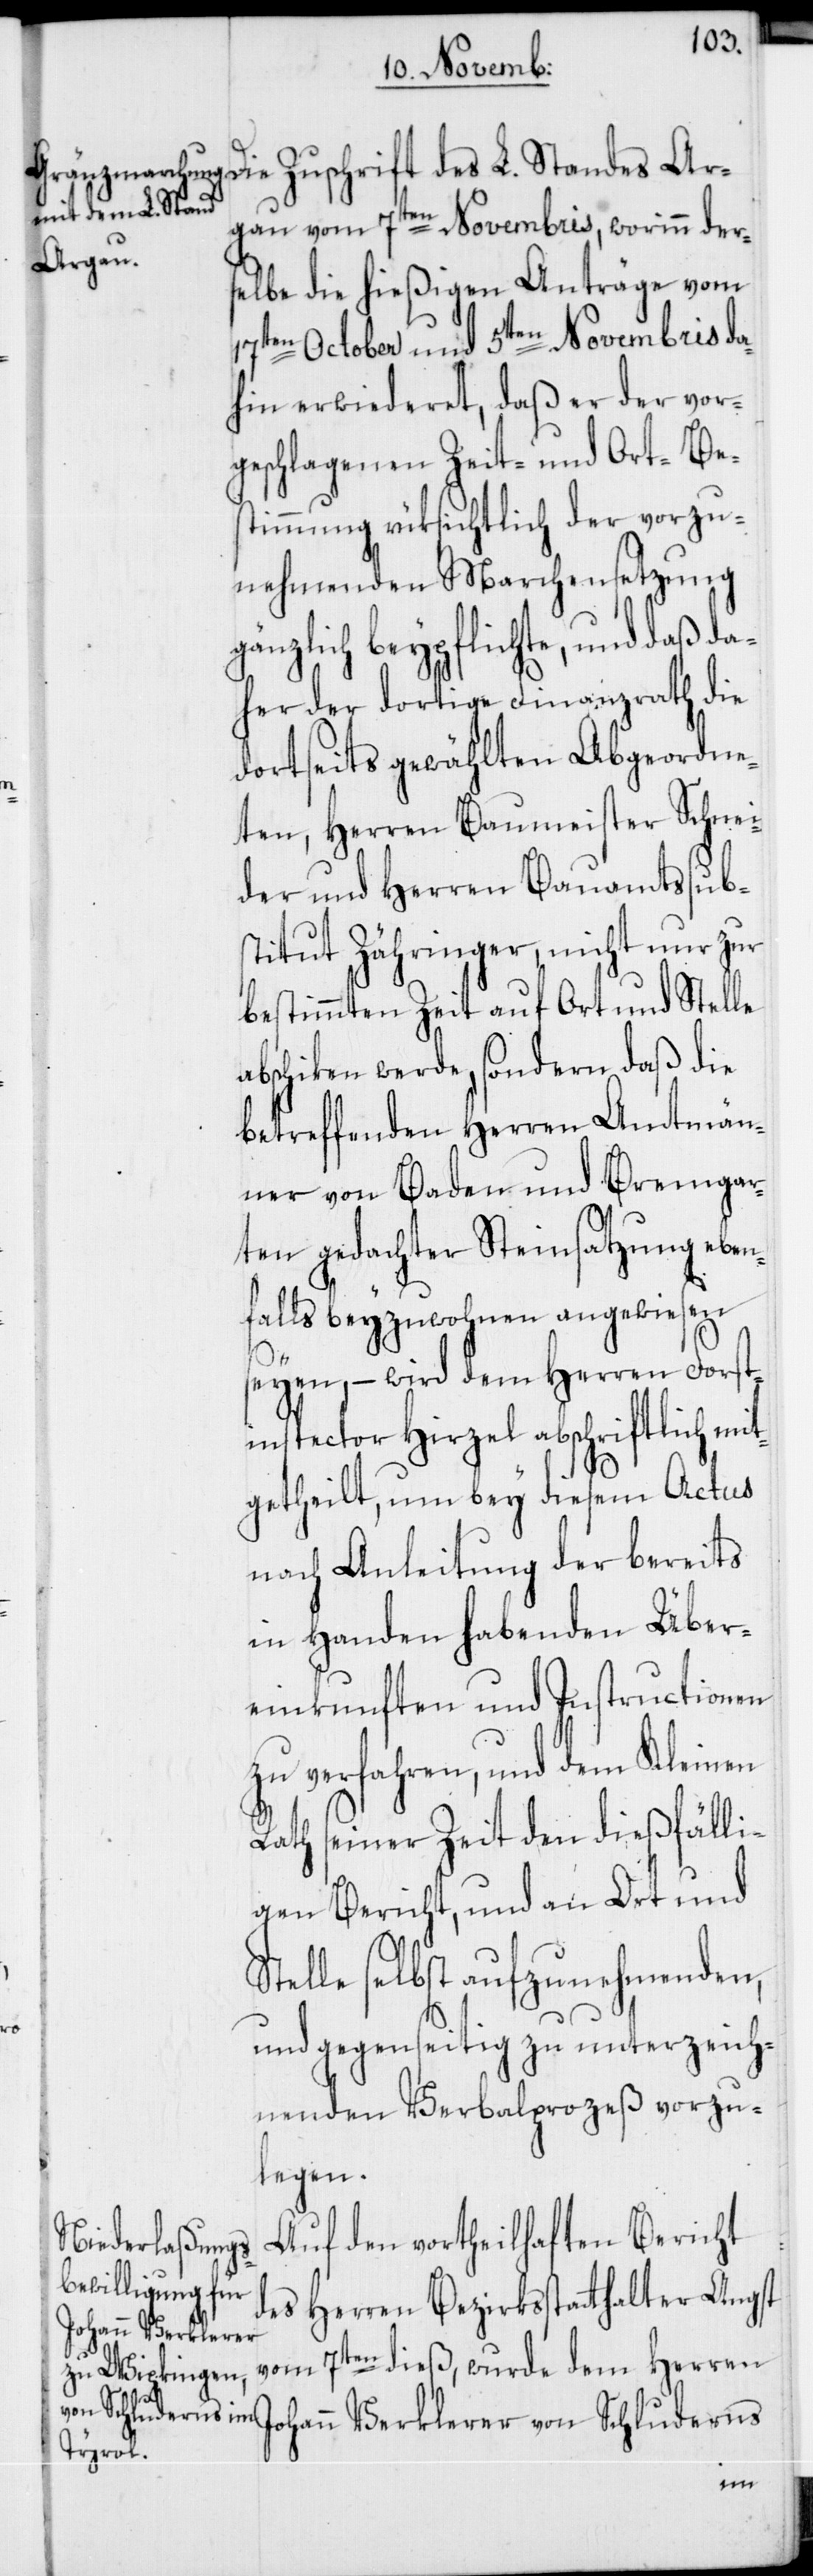
Johann Verklerer
von Schluderns

Die Zuschrift des L. Standes Ar¬
gau vom 7ten Novembris, worinn der¬
selbe die hießigen Anträge vom
17ten October und 5ten Novembris da¬
hin erwiederet, daß er der vor¬
geschlagenen Zeit- und Ort-Bes¬
timmung rüksichtlich der vorzu¬
nehmenden Marchensetzung
gänzlich beypflichte, und daß da¬
her der dortige Finanzrath die
dortseits gewählten Abgeordne¬
ten, Herren Baumeister Schnei¬
der und Herren Bauamtssub¬
stitut Zähringer, nicht nur zur
bestimmten Zeit auf Ort und Stelle
abschicken werde, sondern daß die
betreffenden Herren Amtmän¬
ner von Baden und Bremgar¬
ten gedachter Steinsatzung eben¬
falls beyzuwohnen angewiesen
seyen, – wird dem Herren Forst¬
inspector Hirzel abschriftlich mit¬
getheilt, um bey diesem Actus
nach Anleitung der bereits
in Handen habenden Über¬
einkunften und Instructionen
zu verfahren, und dem Kleinen
Rath seiner Zeit den dießfälli¬
gen Bericht, und an Ort und
Stelle selbst aufzunehmenden,
und gegenseitig zu unterzeich¬
nenden Verbalprozeß vorzu¬
legen.
Auf den vortheilhaften Bericht
des Herren Bezirksstatthalter Angst
vom 7ten dieß, wurde dem Herren